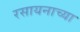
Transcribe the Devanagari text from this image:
रसायनाच्या